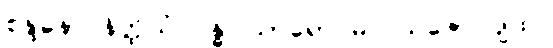
စန္ဒနော နိတ္ထိယံ ဂန္ဓ၊ သာရော မလယဇော ပျထ။